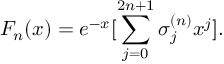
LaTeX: F _ { n } ( x ) = e ^ { - x } [ \sum _ { j = 0 } ^ { 2 n + 1 } \sigma _ { j } ^ { ( n ) } x ^ { j } ] .